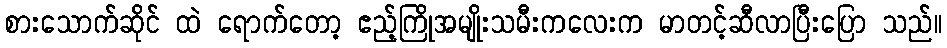
စားသောက်ဆိုင် ထဲ ရောက်တော့ ဧည့်ကြိုအမျိုးသမီးကလေးက မာတင့်ဆီလာပြီးပြော သည်။